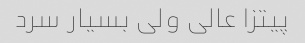
پیتزا عالی ولی بسیار سرد